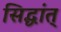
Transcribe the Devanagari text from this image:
सिद्धांत्‌